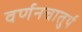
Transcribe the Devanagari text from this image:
वर्णनचातुर्य